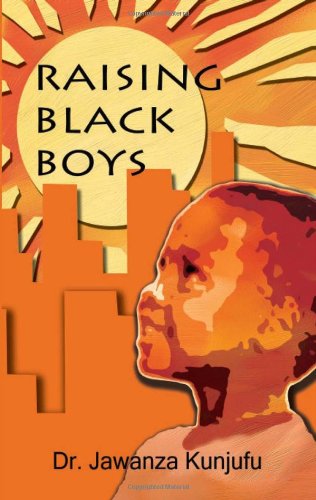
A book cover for Raising Black Boys; Dr. Jawanza Kunjufu; Parenting & Relationships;